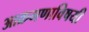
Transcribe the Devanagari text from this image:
आक्रमणाविषयी